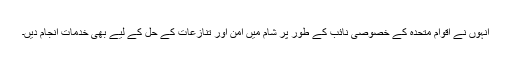
انہوں نے اقوام متحدہ کے خصوصی نائب کے طور پر شام میں امن اور تنازعات کے حل کے لیے بھی خدمات انجام دیں۔